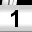
Digit: 1